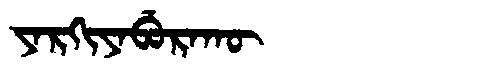
Manchu: ᠶᠠᡵᡴᡳᠶᠠᠪᡠᡵᠠᡴᡡ
Romanization: YARKIYABURAKŪ